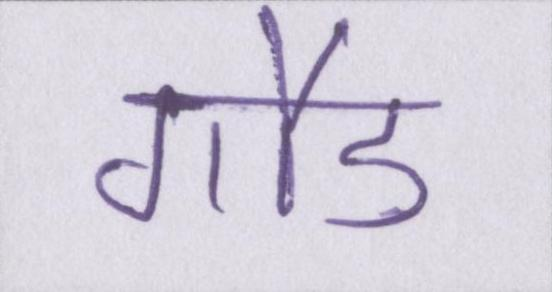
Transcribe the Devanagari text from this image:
गौड़